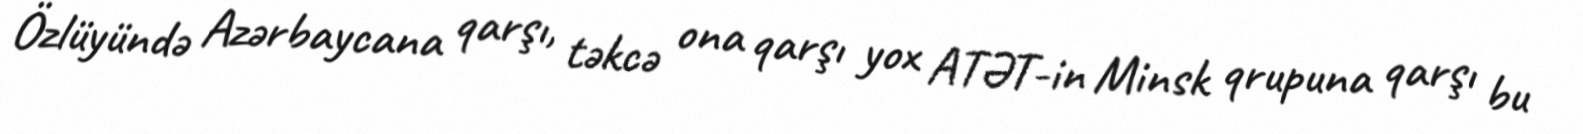
Özlüyündə Azərbaycana qarşı, təkcə ona qarşı yox ATƏT-in Minsk qrupuna qarşı bu